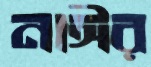
নাঈর